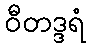
ဝီတဒ္ဒရံ